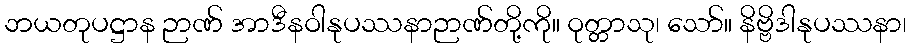
ဘယတုပဋ္ဌာန ဉာဏ် အာဒီနဝါနုပဿနာဉာဏ်တို့ကို။ ဝုတ္တာသု၊ သော်။ နိဗ္ဗိဒါနုပဿနာ၊